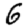
Digit: 6